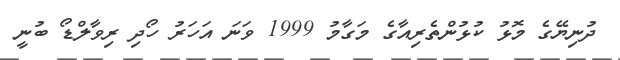
ދުނިޔޭގެ މޮޅު ކުޅުންތެރިއާގެ މަގާމު 1999 ވަނަ އަހަރު ހޯދި ރިވާލްޑޯ ބުނީ